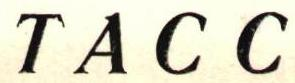
TACC